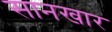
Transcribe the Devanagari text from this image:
सानखार